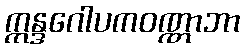
ဣန္ဒဂေါပကဝဏ္ဏာဘာ